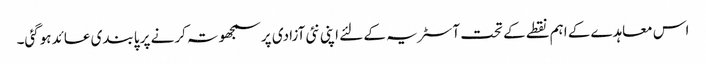
اس معاہدے کے اہم نقطے کے تحت آسٹریہ کے لئے اپنی نئی آزادی پر سمجھوتہ کرنے پر پابندی عائد ہوگئی۔